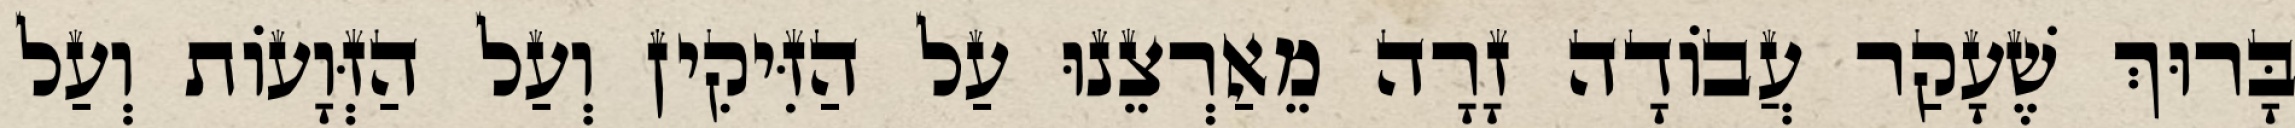
בָּרוּךְ שֶׁעָקַר עֲבוֹדָה זָרָה מֵאַרְצֵנוּ עַל הַזִּיקִין וְעַל הַזְּוָעוֹת וְעַל